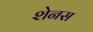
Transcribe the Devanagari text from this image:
शेनस